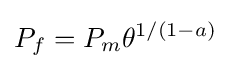
P_{f}=P_{m}\theta ^{1/(1-a)}